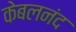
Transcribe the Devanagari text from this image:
केबलनंद